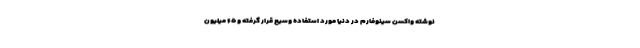
نوشته واکسن سینوفارم در دنیا مورد استفاده وسیع قرار گرفته و ۶۵ میلیون